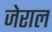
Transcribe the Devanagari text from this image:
जेराल